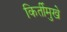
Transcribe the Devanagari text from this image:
किर्तीमुखे